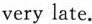
very late.